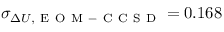
\sigma _ { \Delta U , \mathrm { ~ E ~ O ~ M ~ - ~ C ~ C ~ S ~ D ~ } } = 0 . 1 6 8